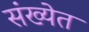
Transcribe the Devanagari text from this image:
संख्‍येत